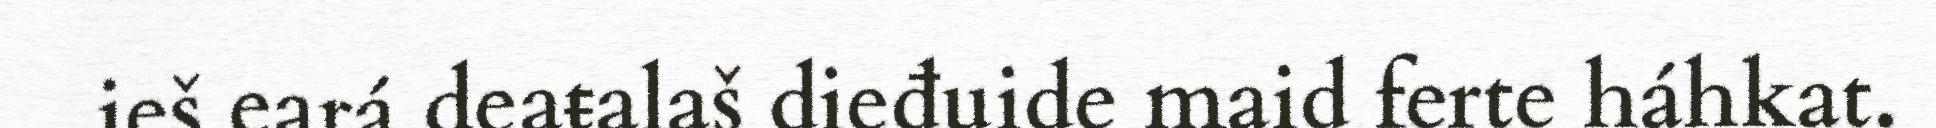
ieš eará deaŧalaš dieđuide maid ferte háhkat.